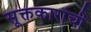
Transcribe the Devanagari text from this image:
सूक्तकारांची